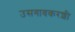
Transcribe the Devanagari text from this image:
उसगावकरशी